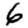
Digit: 6